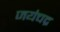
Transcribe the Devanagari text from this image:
जयंचद्र